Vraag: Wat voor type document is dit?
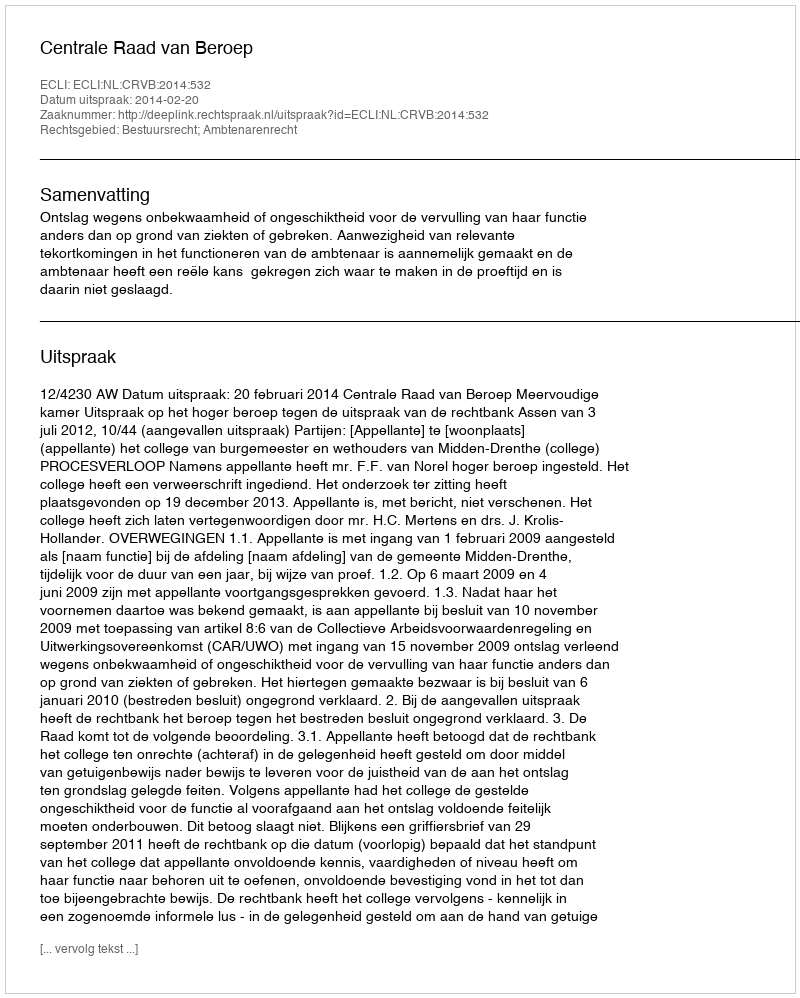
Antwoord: Uitspraak